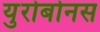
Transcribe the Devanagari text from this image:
युरोबोनस